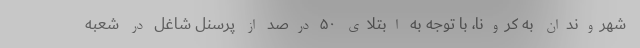
شهروندان به کرونا، با توجه به ابتلای ۵۰ درصد از پرسنل شاغل در شعبه